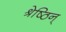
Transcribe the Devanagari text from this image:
श्रेष्ठिन्